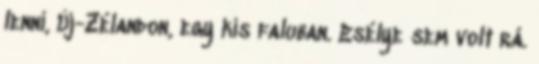
lenni, Új-Zélandon, egy kis faluban. Esélye sem volt rá.